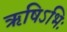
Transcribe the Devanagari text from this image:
ऋषिऽभिः